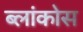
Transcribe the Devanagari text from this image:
ब्लांकोस